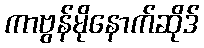
ကာဗွန်မိုနောက်ဆိုဒ်